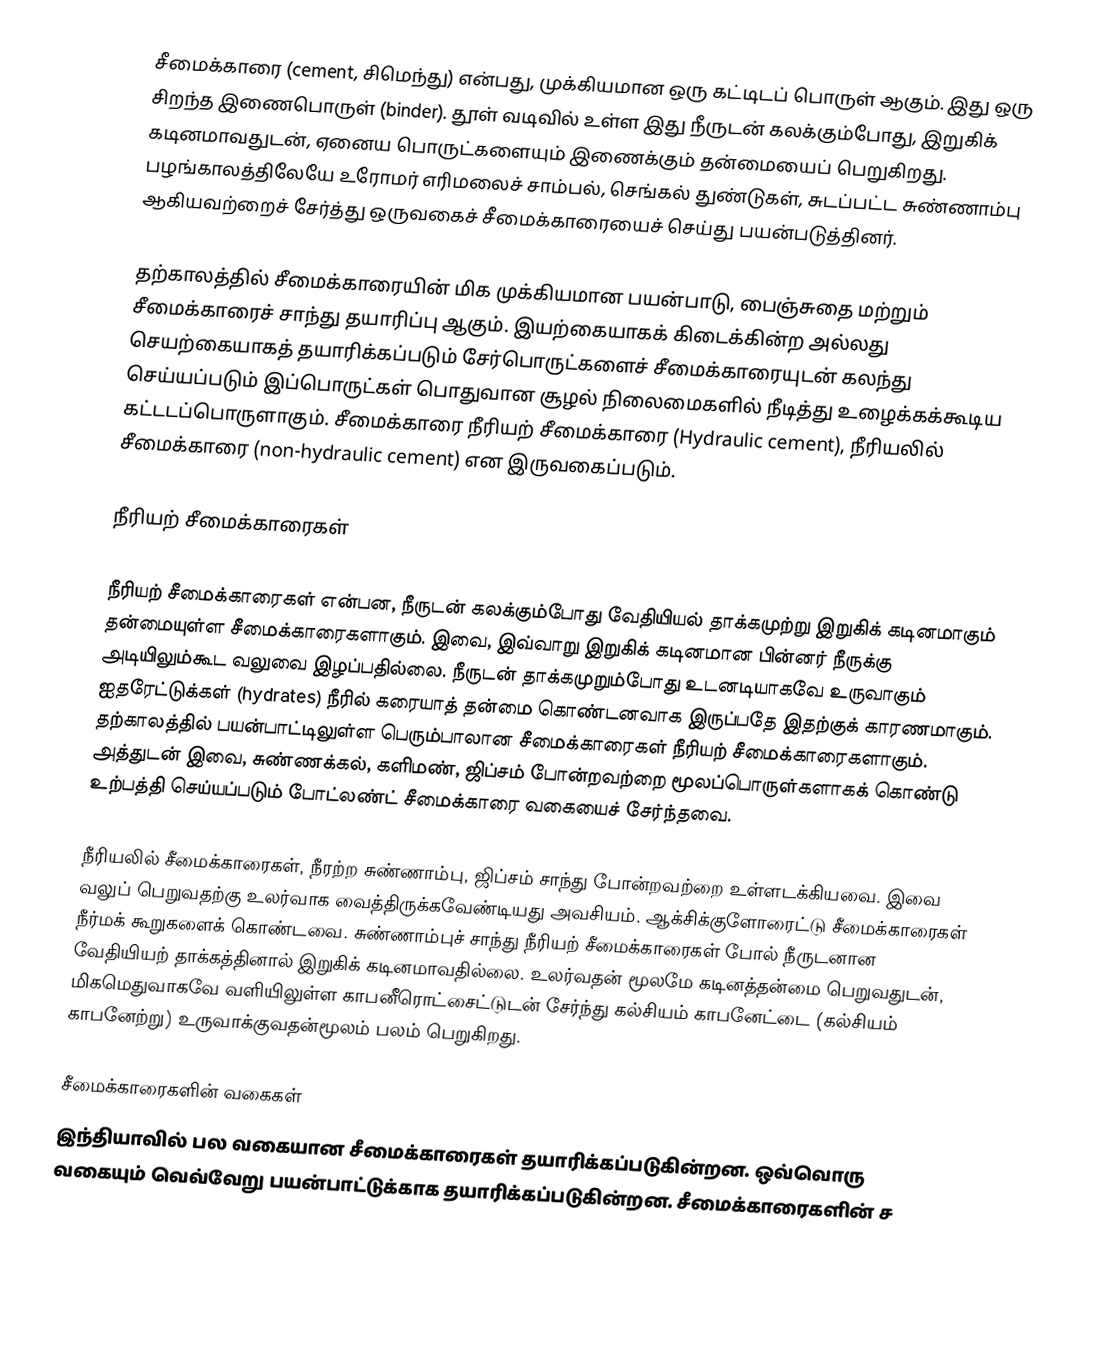
சீமைக்காரை (cement, சிமெந்து) என்பது, முக்கியமான ஒரு கட்டிடப் பொருள் ஆகும். இது ஒரு சிறந்த இணைபொருள் (binder). தூள் வடிவில் உள்ள இது நீருடன் கலக்கும்போது, இறுகிக் கடினமாவதுடன், ஏனைய பொருட்களையும் இணைக்கும் தன்மையைப் பெறுகிறது. பழங்காலத்திலேயே உரோமர் எரிமலைச் சாம்பல், செங்கல் துண்டுகள், சுடப்பட்ட சுண்ணாம்பு ஆகியவற்றைச் சேர்த்து ஒருவகைச் சீமைக்காரையைச் செய்து பயன்படுத்தினர்.

தற்காலத்தில் சீமைக்காரையின் மிக முக்கியமான பயன்பாடு, பைஞ்சுதை மற்றும் சீமைக்காரைச் சாந்து தயாரிப்பு ஆகும். இயற்கையாகக் கிடைக்கின்ற அல்லது செயற்கையாகத் தயாரிக்கப்படும் சேர்பொருட்களைச் சீமைக்காரையுடன் கலந்து செய்யப்படும் இப்பொருட்கள் பொதுவான சூழல் நிலைமைகளில் நீடித்து உழைக்கக்கூடிய கட்டடப்பொருளாகும். சீமைக்காரை நீரியற் சீமைக்காரை (Hydraulic cement), நீரியலில் சீமைக்காரை (non-hydraulic cement) என இருவகைப்படும்.

நீரியற் சீமைக்காரைகள்

நீரியற் சீமைக்காரைகள் என்பன, நீருடன் கலக்கும்போது வேதியியல் தாக்கமுற்று இறுகிக் கடினமாகும் தன்மையுள்ள சீமைக்காரைகளாகும். இவை, இவ்வாறு இறுகிக் கடினமான பின்னர் நீருக்கு அடியிலும்கூட வலுவை இழப்பதில்லை. நீருடன் தாக்கமுறும்போது உடனடியாகவே உருவாகும் ஐதரேட்டுக்கள் (hydrates) நீரில் கரையாத் தன்மை கொண்டனவாக இருப்பதே இதற்குக் காரணமாகும். தற்காலத்தில் பயன்பாட்டிலுள்ள பெரும்பாலான சீமைக்காரைகள் நீரியற் சீமைக்காரைகளாகும். அத்துடன் இவை, சுண்ணக்கல், களிமண், ஜிப்சம் போன்றவற்றை மூலப்பொருள்களாகக் கொண்டு உற்பத்தி செய்யப்படும் போட்லண்ட் சீமைக்காரை வகையைச் சேர்ந்தவை.

நீரியலில் சீமைக்காரைகள், நீரற்ற சுண்ணாம்பு, ஜிப்சம் சாந்து போன்றவற்றை உள்ளடக்கியவை. இவை வலுப் பெறுவதற்கு உலர்வாக வைத்திருக்கவேண்டியது அவசியம். ஆக்சிக்குளோரைட்டு சீமைக்காரைகள் நீர்மக் கூறுகளைக் கொண்டவை. சுண்ணாம்புச் சாந்து நீரியற் சீமைக்காரைகள் போல் நீருடனான வேதியியற் தாக்கத்தினால் இறுகிக் கடினமாவதில்லை. உலர்வதன் மூலமே கடினத்தன்மை பெறுவதுடன், மிகமெதுவாகவே வளியிலுள்ள காபனீரொட்சைட்டுடன் சேர்ந்து கல்சியம் காபனேட்டை (கல்சியம் காபனேற்று) உருவாக்குவதன்மூலம் பலம் பெறுகிறது.

சீமைக்காரைகளின் வகைகள்
இந்தியாவில் பல வகையான சீமைக்காரைகள் தயாரிக்கப்படுகின்றன. ஒவ்வொரு வகையும் வெவ்வேறு பயன்பாட்டுக்காக தயாரிக்கப்படுகின்றன. சீமைக்காரைகளின் ச